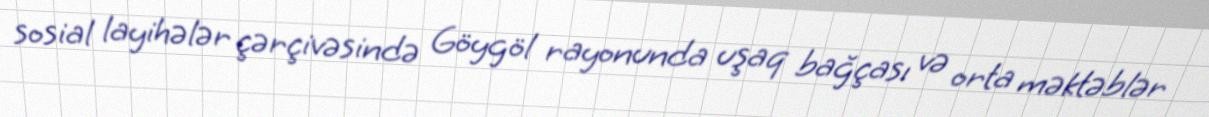
sosial layihələr çərçivəsində Göygöl rayonunda uşaq bağçası və orta məktəblər